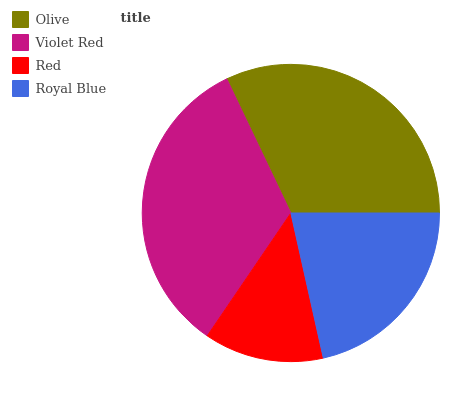
| Olive | Violet Red | Red | Royal Blue |
 | --- | --- | --- | --- |
 | 32.1% | 33.4% | 13% | 21.5% |